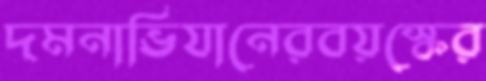
দমনাভিযানেরবয়স্কের